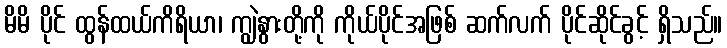
မိမိ ပိုင် ထွန်ထယ်ကိရိယာ၊ ကျွဲနွားတို့ကို ကိုယ်ပိုင်အဖြစ် ဆက်လက် ပိုင်ဆိုင်ခွင့် ရှိသည်။